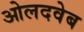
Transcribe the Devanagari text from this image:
ओलदवेब